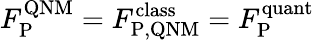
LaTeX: F_{\mathrm{P}}^{\mathrm{QNM}}=F_{\mathrm{P,QNM}}^{\mathrm{class}}=F_{\mathrm{P}}^{\mathrm{quant}}